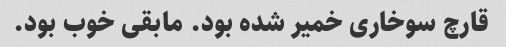
قارچ سوخاری خمیر شده بود. مابقی خوب بود.